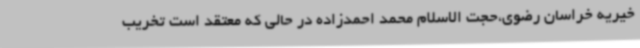
خیریه خراسان رضوی،حجت الاسلام محمد احمدزاده در حالی که معتقد است تخریب